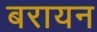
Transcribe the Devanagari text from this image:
बरायन